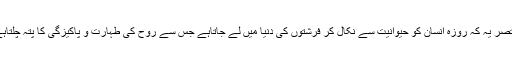
مختصر یہ کہ روزہ انسان کو حیوانیت سے نکال کر فرشتوں کی دنیا میں لے جاتاہے جس سے روح کی طہارت و پاکیزگی کا پتہ چلتاہے ۔